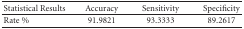
<table><thead><tr><td><b>Statistical Results</b></td><td><b>Accuracy</b></td><td><b>Sensitivity</b></td><td><b>Specificity</b></td></tr></thead><tbody><tr><td>Rate %</td><td>91.9821</td><td>93.3333</td><td>89.2617</td></tr></tbody></table>